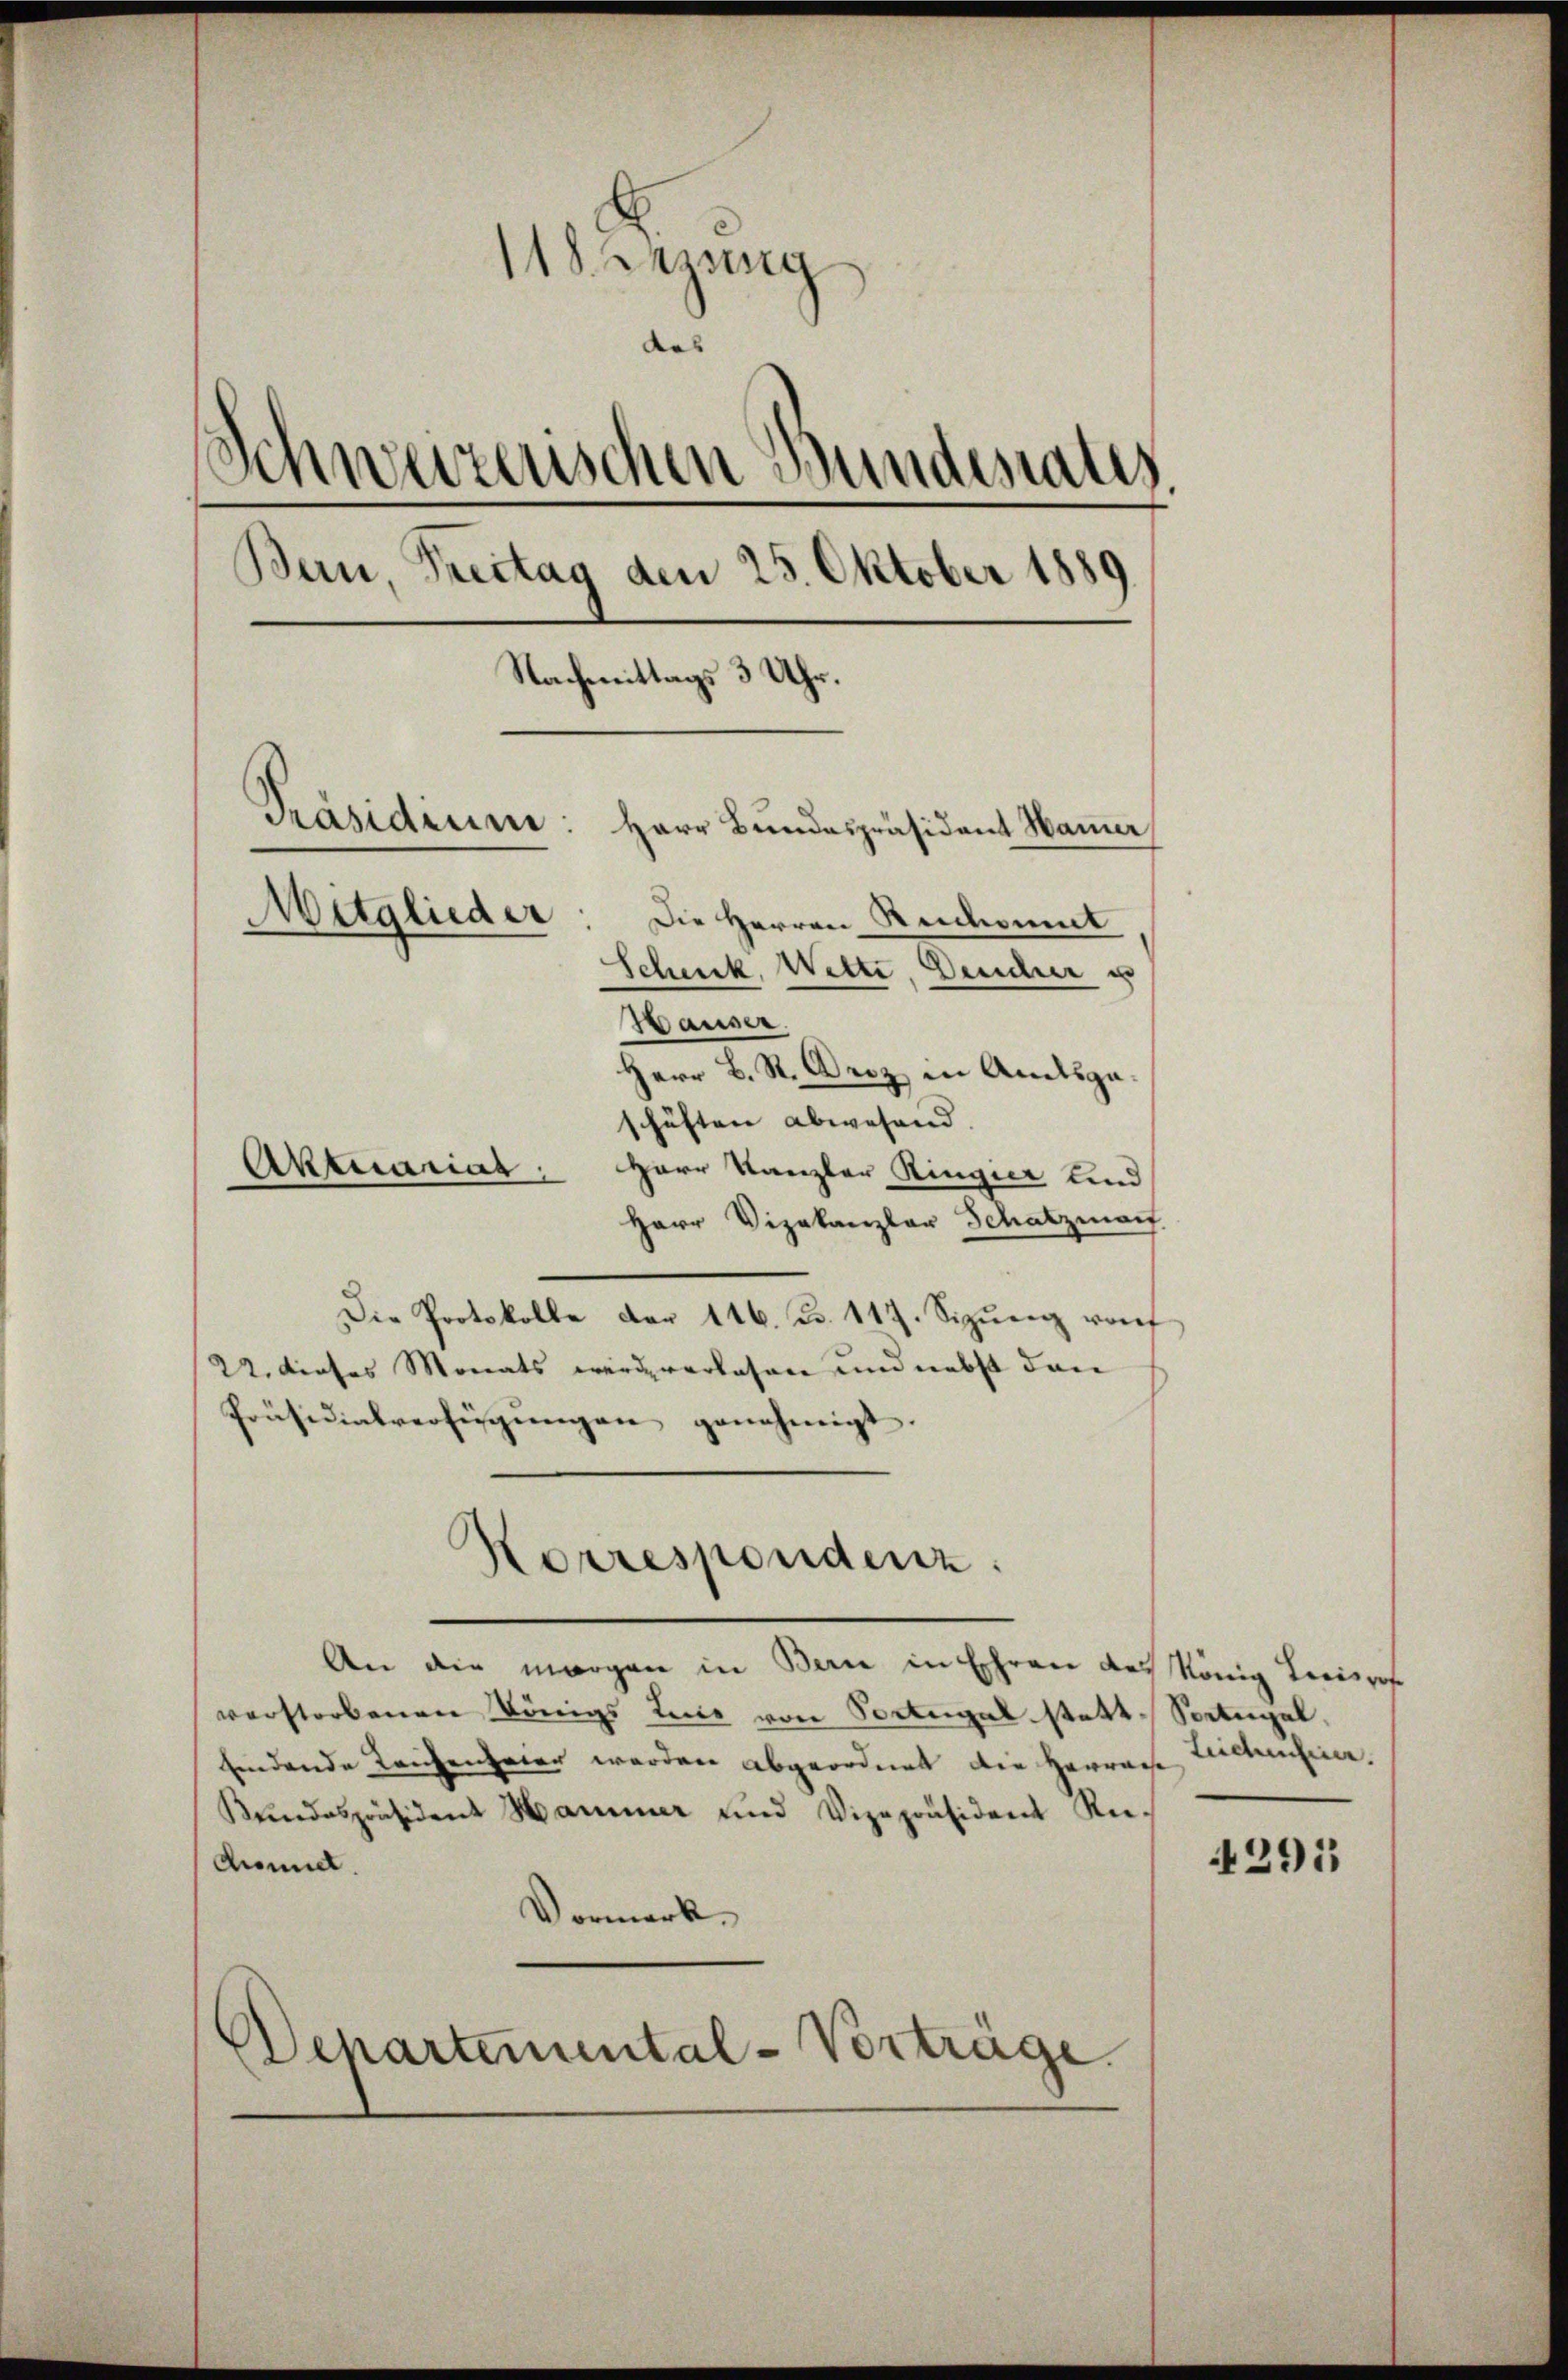
118. Lezung
das |
¬
3
verzerischen Bundesrates
Bau, Freitag den 25. Oktober 1889
Nachmittags 3 Uhr.
Präsidium: Herr Bŭndespräsident Mauer
Mitglieder
Die Herren Rekonnt
Schenk, Wette, Deucher u
Waiser.

Herr L. St. Derz in Amtsge-
schäften abwesend. |
Herr Kanzler Ringier und
Herr Vizekanzler Schatzmach
Die Protokolle der 116. d. 117. Sizung von
22. dieses Monats werde verlesen und nebst den
Präsidialverfügungen genehmigt.
Korrespondenz.
An die morgen in Bern in Ehren des König Kreisrof
verstorbenen Königs Eine von Sonngal statt-Soctugal,
findende Leichenheier werden abgeordnet die Herrach Zuckenfeier.
Kundespräsident Hammer und Vizepräsident Re-
donnet.
Vormerks
Departemental-Vorträge.

Aktuariar

4391